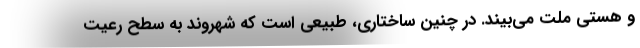
و هستی ملت می‌بیند. در چنین ساختاری، طبیعی است که شهروند به سطح رعیت